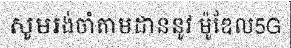
សូមរង់ចាំតាមដាននូវ ម៉ូឌែល5G